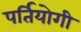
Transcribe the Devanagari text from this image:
पर्तियोगी